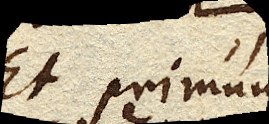
Et primum